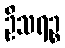
ဦသရဉ္စ